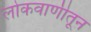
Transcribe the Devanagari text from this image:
लोकवाणीतून